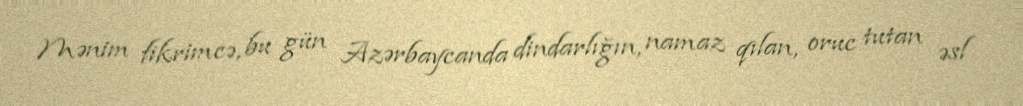
Mənim fikrimcə, bu gün Azərbaycanda dindarlığın, namaz qılan, oruc tutan əsl